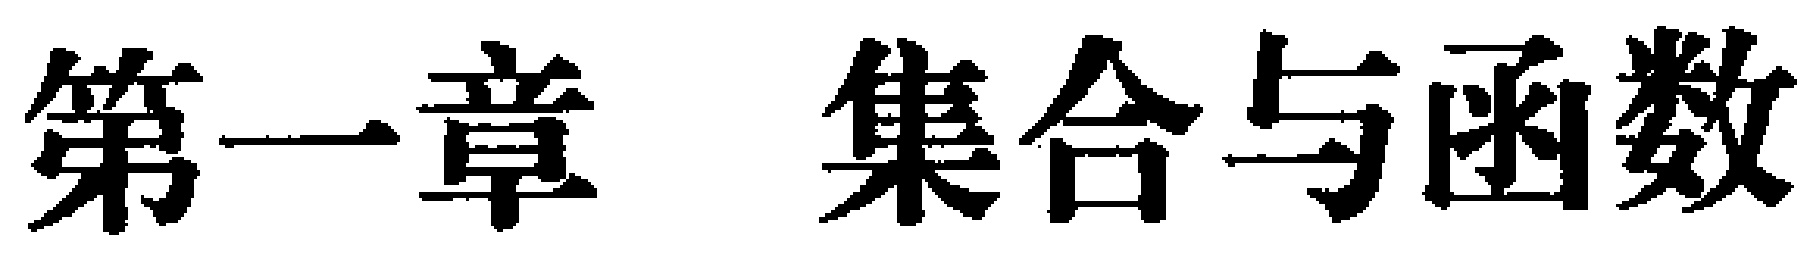
第一章 集合与函数